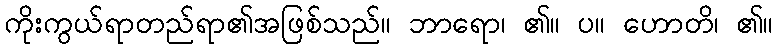
ကိုးကွယ်ရာတည်ရာ၏အဖြစ်သည်။ ဘာရော၊ ၏။ ပ။ ဟောတိ၊ ၏။